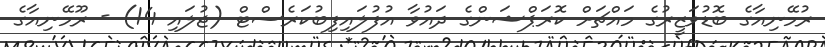
ރުމޭނިއާގެ ބޮޑުވަޒީރުގެ މައްޗަށް ކޮރަޕްޝަންގެ ދައުވާ އުފުލައިފިބުކަރެސްޓް (ޖުލައި 14) - ރޫމޭނިއާގެ